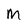
Character: M